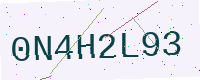
Text: 0N4H2L93